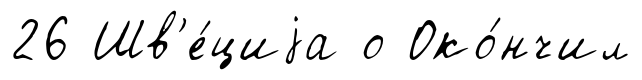
26 Шв'е́циjа о Око́нчил